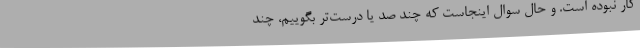
کار نبوده است. و حال سوال اینجاست که چند صد یا درست‌تر بگوییم، چند